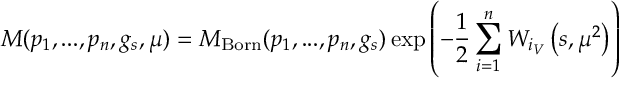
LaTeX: { \cal M } ( p _ { 1 } , . . . , p _ { n } , g _ { s } , \mu ) = { \cal M } _ { \mathrm { B o r n } } ( p _ { 1 } , . . . , p _ { n } , g _ { s } ) \exp \left( - \frac { 1 } { 2 } \sum _ { i = 1 } ^ { n } W _ { i _ { V } } \left( s , \mu ^ { 2 } \right) \right)